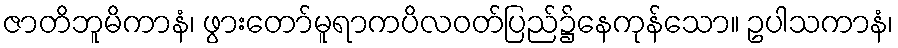
ဇာတိဘူမိကာနံ၊ ဖွားတော်မူရာကပိလဝတ်ပြည်၌နေကုန်သော။ ဥပါသကာနံ၊